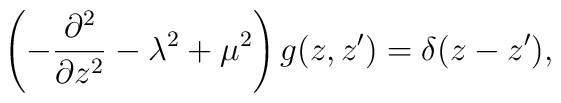
\left(-{\partial^2\over\partial z^2}-\lambda^2+\mu^2\right)g(z,z')=\delta(z-z'),